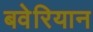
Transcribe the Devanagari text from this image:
बवेरियान